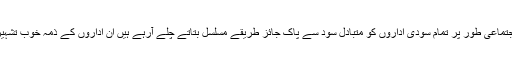
علماء انفرادی و اجتماعی طور پر تمام سودی اداروں کو متبادل سود سے پاک جائز طریقے مسلسل بتاتے چلے آرہے ہیں ان اداروں کے ذمہ خوب تشہیر بھی کرتے ہیں۔